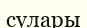
сулары